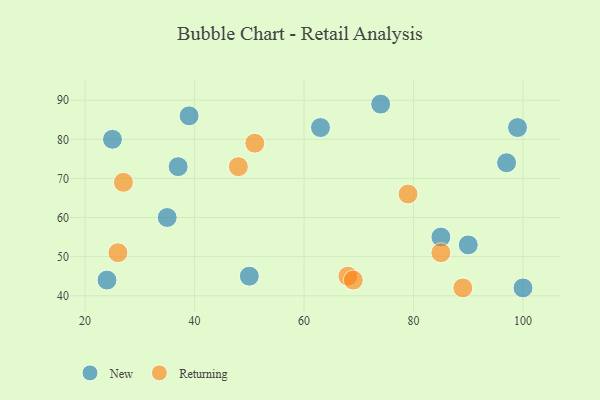
{"axis": {"x": "GDP", "y": "Life Expectancy"}, "legend": ["New", "Returning"], "data": [{"x": "97", "y": 74, "type": "New"}, {"x": "50", "y": 45, "type": "New"}, {"x": "39", "y": 86, "type": "New"}, {"x": "63", "y": 83, "type": "New"}, {"x": "100", "y": 42, "type": "New"}, {"x": "24", "y": 44, "type": "New"}, {"x": "35", "y": 60, "type": "New"}, {"x": "25", "y": 80, "type": "New"}, {"x": "90", "y": 53, "type": "New"}, {"x": "74", "y": 89, "type": "New"}, {"x": "85", "y": 55, "type": "New"}, {"x": "37", "y": 73, "type": "New"}, {"x": "99", "y": 83, "type": "New"}, {"x": "68", "y": 45, "type": "Returning"}, {"x": "69", "y": 44, "type": "Returning"}, {"x": "27", "y": 69, "type": "Returning"}, {"x": "26", "y": 51, "type": "Returning"}, {"x": "51", "y": 79, "type": "Returning"}, {"x": "79", "y": 66, "type": "Returning"}, {"x": "85", "y": 51, "type": "Returning"}, {"x": "48", "y": 73, "type": "Returning"}, {"x": "89", "y": 42, "type": "Returning"}]}